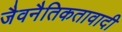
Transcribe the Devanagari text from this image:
जैवनैतिकतावादी